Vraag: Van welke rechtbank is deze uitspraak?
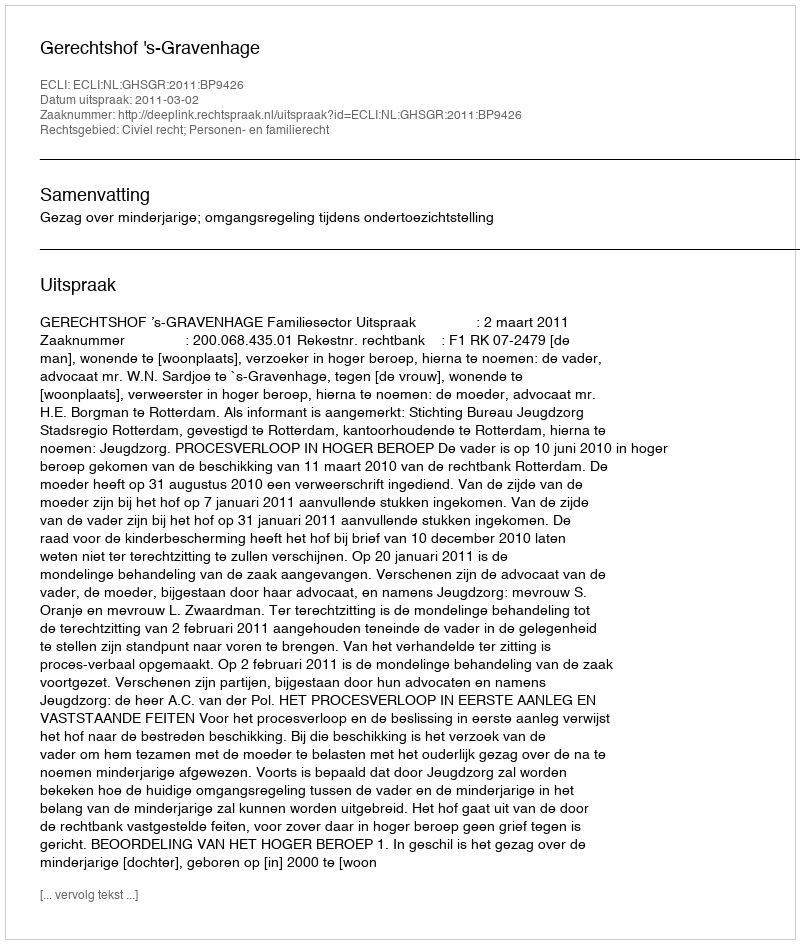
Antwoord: Gerechtshof 's-Gravenhage